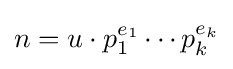
n=u\cdot p_{1}^{e_{1}}\cdots p_{k}^{e_{k}}